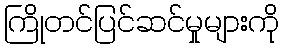
ကြိုတင်ပြင်ဆင်မှုများကို